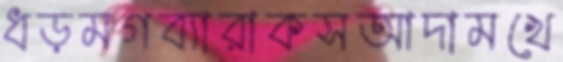
ধড়মগব্যারাকসআদামখে